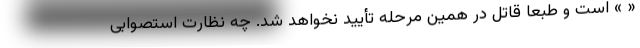
« » است و طبعا قاتل در همین مرحله تأیید نخواهد شد. چه نظارت استصوابی